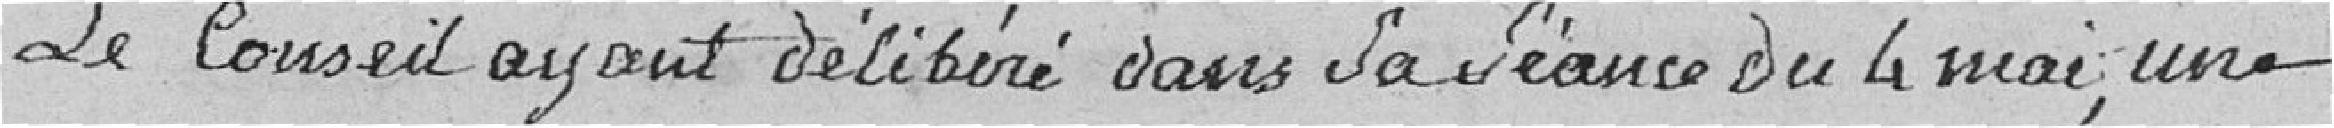
Le Conseil ayant délibéré dans sa séance du 4 mai, une